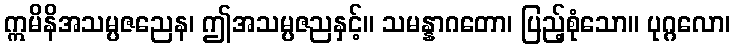
ဣမိနိအသမ္ပဇညေန၊ ဤအသမ္ပဇညနှင့်။ သမန္နာဂတော၊ ပြည့်စုံသော။ ပုဂ္ဂလော၊